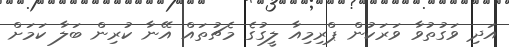
އަދި ވަގުތުވާ ވަރަކުން ޕްރިމިއާ ލީގުގެ މެޗުތައް އޭނާ ކުރިން ބަލާ ކަމަށް